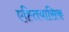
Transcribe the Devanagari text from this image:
एह्तियासिक